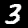
Digit: 3